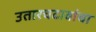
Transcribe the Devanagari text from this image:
उतारचढावांचा